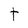
Character: t